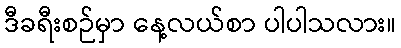
ဒီခရီးစဉ်မှာ နေ့လယ်စာ ပါပါသလား။